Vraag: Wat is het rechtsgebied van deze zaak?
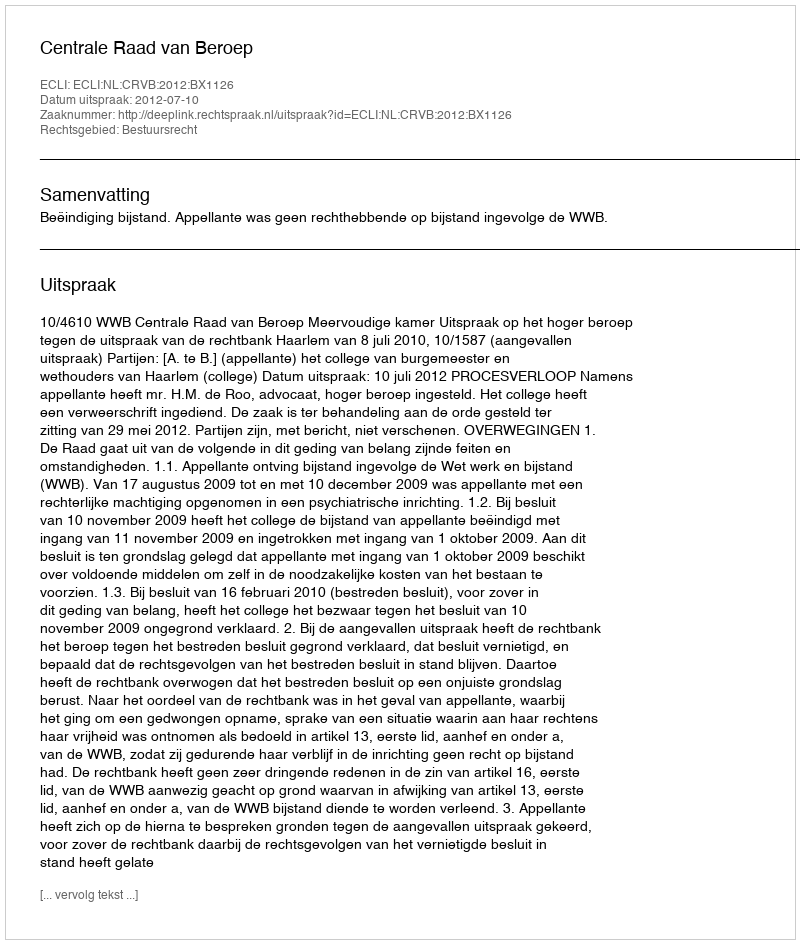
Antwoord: Bestuursrecht